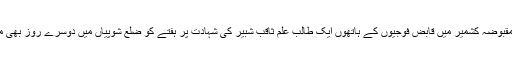
28 اپریل2018ء) مقبوضہ کشمیر میں قابض فوجیوں کے ہاتھوں ایک طالب علم ثاقب شبیر کی شہادت پر ہفتے کو ضلع شوپیاں میں دوسرے روز بھی مکمل ہڑتال کی گئی۔